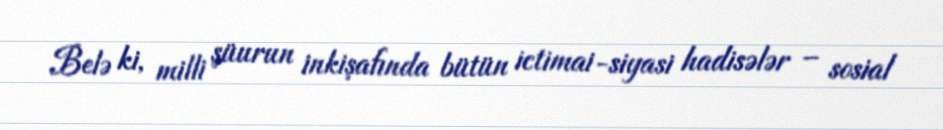
Belə ki, milli şüurun inkişafında bütün ictimai-siyasi hadisələr – sosial